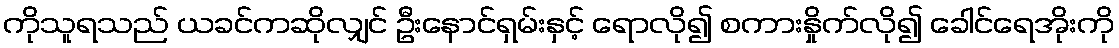
ကိုသူရသည် ယခင်ကဆိုလျှင် ဦးနောင်ရှမ်းနှင့် ရောလို၍ စကားနှိုက်လို၍ ခေါင်ရေအိုးကို